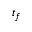
t _ { f }